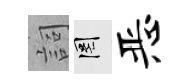
詞罔恶